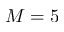
M = 5